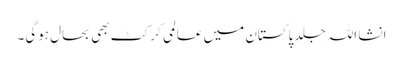
انشا اللہ جلد پاکستان میں عالمی کرکٹ بھی بحال ہوگی۔